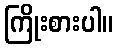
ကြိုးစားပါ။